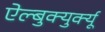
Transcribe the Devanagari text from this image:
ऐल्बुक्युर्क्यू